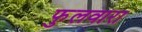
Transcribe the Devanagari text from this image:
फुलवारा